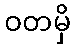
ဝတမှိ